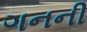
ગનની